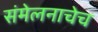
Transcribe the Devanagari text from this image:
संमेलनाचेच